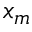
x _ { m }